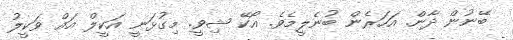
ބޭނުން ދާން. އަހަރެން ބުނެލީމެވެ. އޯކޭ ޝިވީ. މިގުޅަނީ އަކީލް އައް ވަކީލު